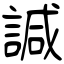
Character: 諴